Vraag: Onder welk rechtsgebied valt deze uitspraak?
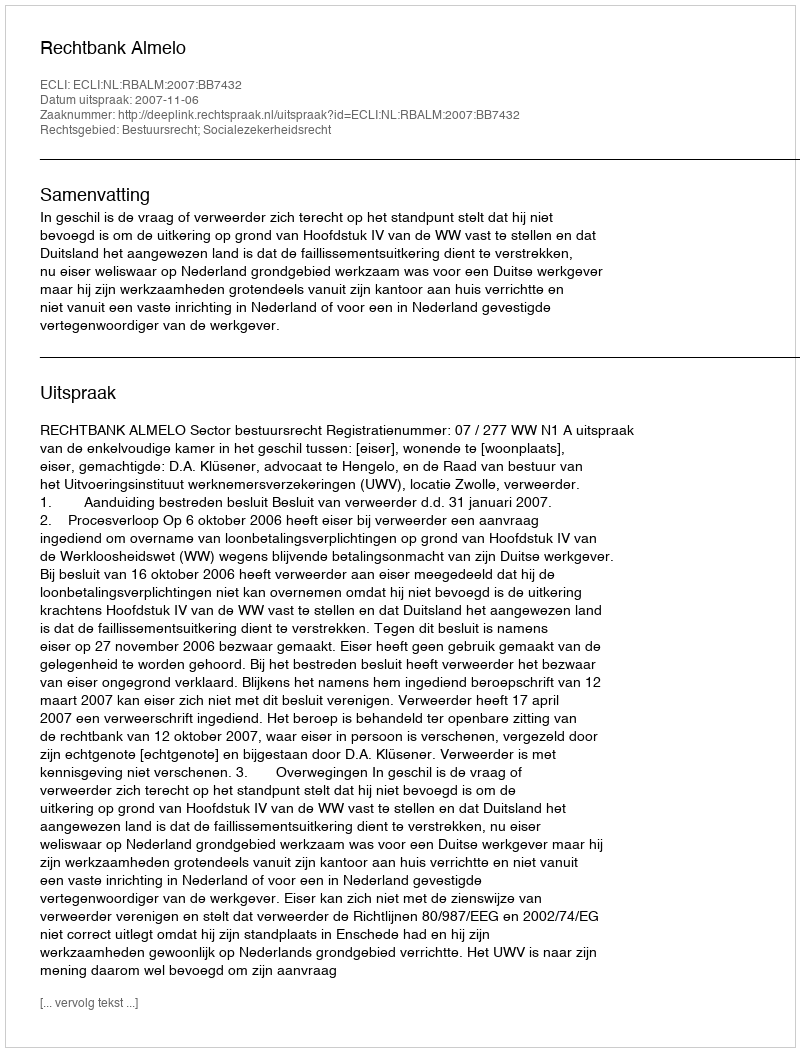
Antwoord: Bestuursrecht; Socialezekerheidsrecht